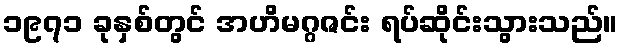
၁၉၇၁ ခုနှစ်တွင် အဟိမဂ္ဂဇင်း ရပ်ဆိုင်းသွားသည်။